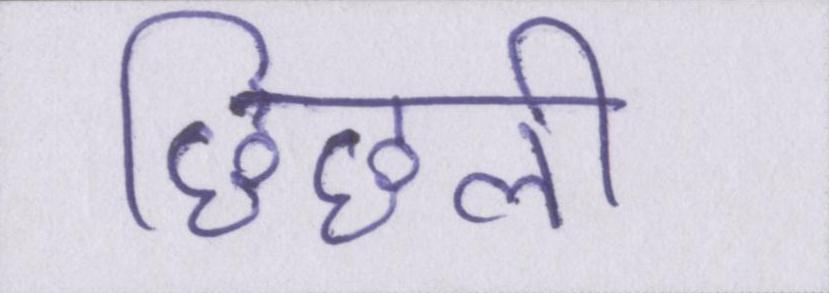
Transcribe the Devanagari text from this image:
छिछली